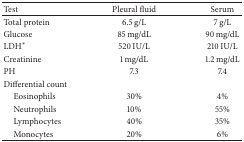
<table><thead><tr><td><b>Test</b></td><td><b>Pleural fluid</b></td><td><b>Serum</b></td></tr></thead><tbody><tr><td>Total protein</td><td>6.5 g/L</td><td>7 g/L</td></tr><tr><td>Glucose</td><td>85 mg/dL</td><td>90 mg/dL</td></tr><tr><td>LDH*</td><td>520 IU/L</td><td>210 IU/L</td></tr><tr><td>Creatinine</td><td>1 mg/dL</td><td>1.2 mg/dL</td></tr><tr><td>PH</td><td>7.3</td><td>7.4</td></tr><tr><td>Differential count</td><td> </td><td> </td></tr><tr><td> Eosinophils</td><td>30%</td><td>4%</td></tr><tr><td> Neutrophils</td><td>10%</td><td>55%</td></tr><tr><td> Lymphocytes</td><td>40%</td><td>35%</td></tr><tr><td> Monocytes</td><td>20%</td><td>6%</td></tr></tbody></table>